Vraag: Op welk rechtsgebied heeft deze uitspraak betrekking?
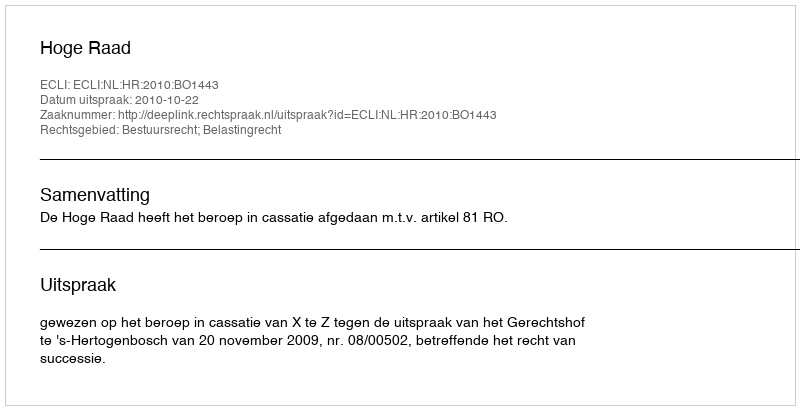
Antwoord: Bestuursrecht; Belastingrecht